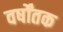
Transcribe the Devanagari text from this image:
वर्षोंतक